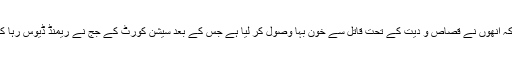
لاہور کی ایک ذیلی عدالت میں مقدمے کی سماعت کے دوران مقتولین کے ورثا نے بتایا تھا کہ اُنھوں نے قصاص و دیت کے تحت قاتل سے خون بہا وصول کر لیا ہے جس کے بعد سیشن کورٹ کے جج نے ریمنڈ ڈیوس رہا کرنے کا حکم جاری کردیا اور اُسی روز وہ خصوصی طیارے سے ملک سے باہر چلے گئے۔